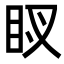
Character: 𥄗